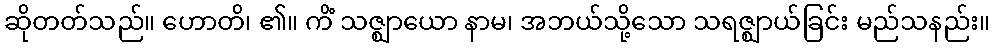
ဆိုတတ်သည်။ ဟောတိ၊ ၏။ ကိံ သဇ္ဈာယော နာမ၊ အဘယ်သို့သော သရဇ္ဈာယ်ခြင်း မည်သနည်း။